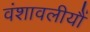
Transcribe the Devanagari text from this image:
वंशावलीयौं